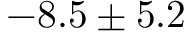
- 8 . 5 \pm 5 . 2